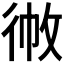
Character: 𢓹